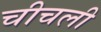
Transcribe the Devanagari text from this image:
चीचली